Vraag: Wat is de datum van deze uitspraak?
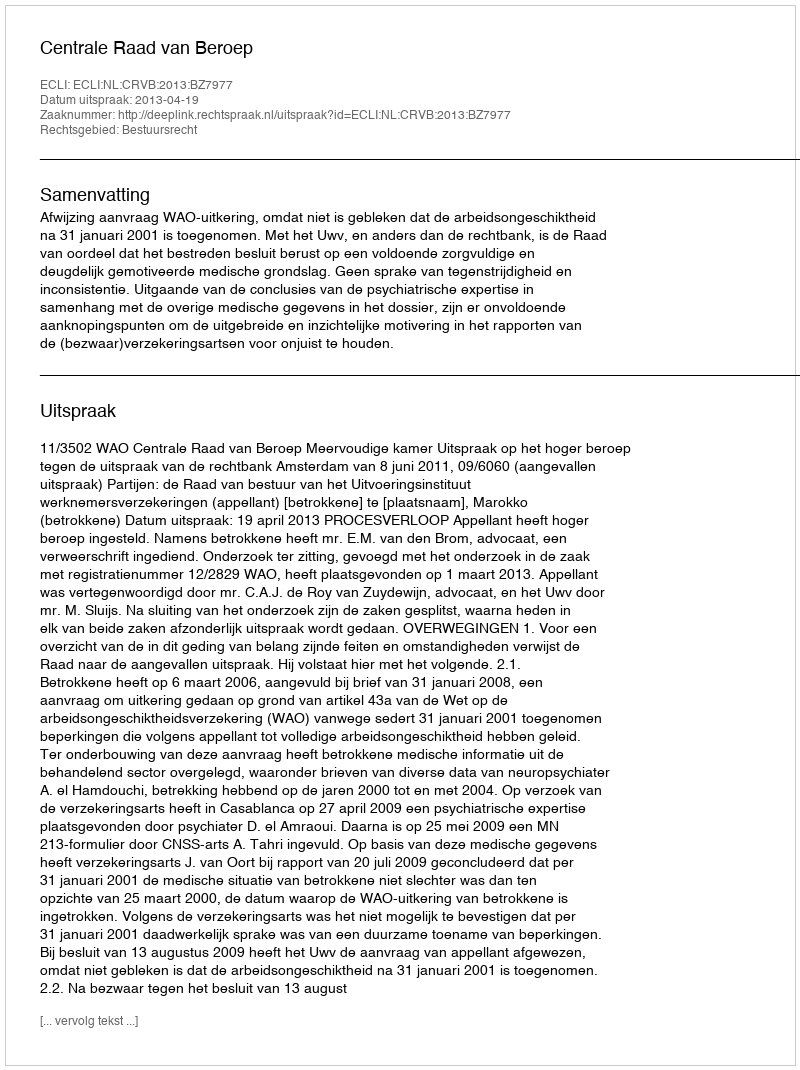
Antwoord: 2013-04-19